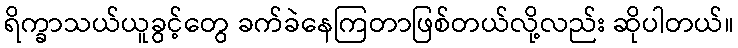
ရိက္ခာသယ်ယူခွင့်တွေ ခက်ခဲနေကြတာဖြစ်တယ်လို့လည်း ဆိုပါတယ်။